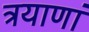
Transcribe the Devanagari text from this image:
त्रयाणां